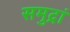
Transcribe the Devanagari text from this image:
समुद्रां